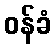
ဝန်ခံ